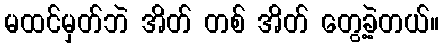
မထင်မှတ်ဘဲ အိတ် တစ် အိတ် တွေ့ခဲ့တယ်။